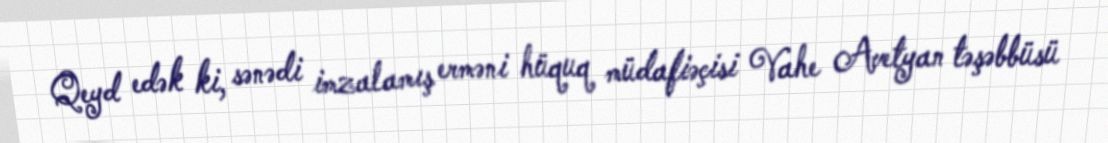
Qeyd edək ki, sənədi imzalamış erməni hüquq müdafiəçisi Vahe Avetyan təşəbbüsü